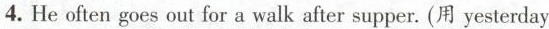
4.He often goes out for a walk after supper.(用yesterday